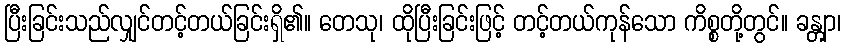
ပြီးခြင်းသည်လျှင်တင့်တယ်ခြင်းရှိ၏။ တေသု၊ ထိုပြီးခြင်းဖြင့် တင့်တယ်ကုန်သော ကိစ္စတို့တွင်။ ခန္တျာ၊